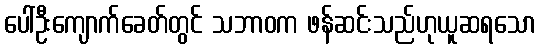
ပေါ်ဦးကျောက်ခေတ်တွင် သဘာဝက ဖန်ဆင်းသည်ဟုယူဆရသော